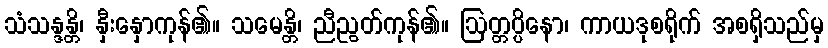
သံသန္ဒန္တိ၊ နှီးနှောကုန်၏။ သမေန္တိ၊ ညီညွတ်ကုန်၏။ ဩတ္တပ္ပိနော၊ ကာယဒုစရိုက် အစရှိသည်မှ